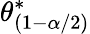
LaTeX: \theta_{(1-\alpha/2)}^{*}